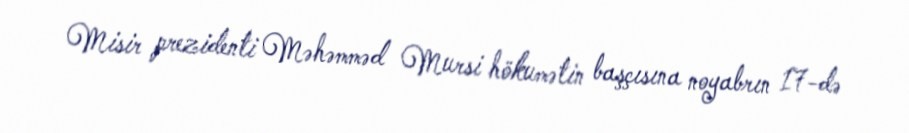
Misir prezidenti Məhəmməd Mursi hökumətin başçısına noyabrın 17-də